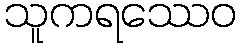
သူကရဿေဝ